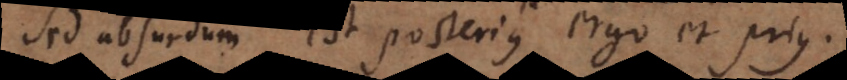
Sed absurdum est posterius ergo et prius.